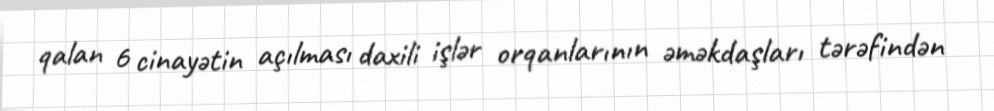
qalan 6 cinayətin açılması daxili işlər orqanlarının əməkdaşları tərəfindən